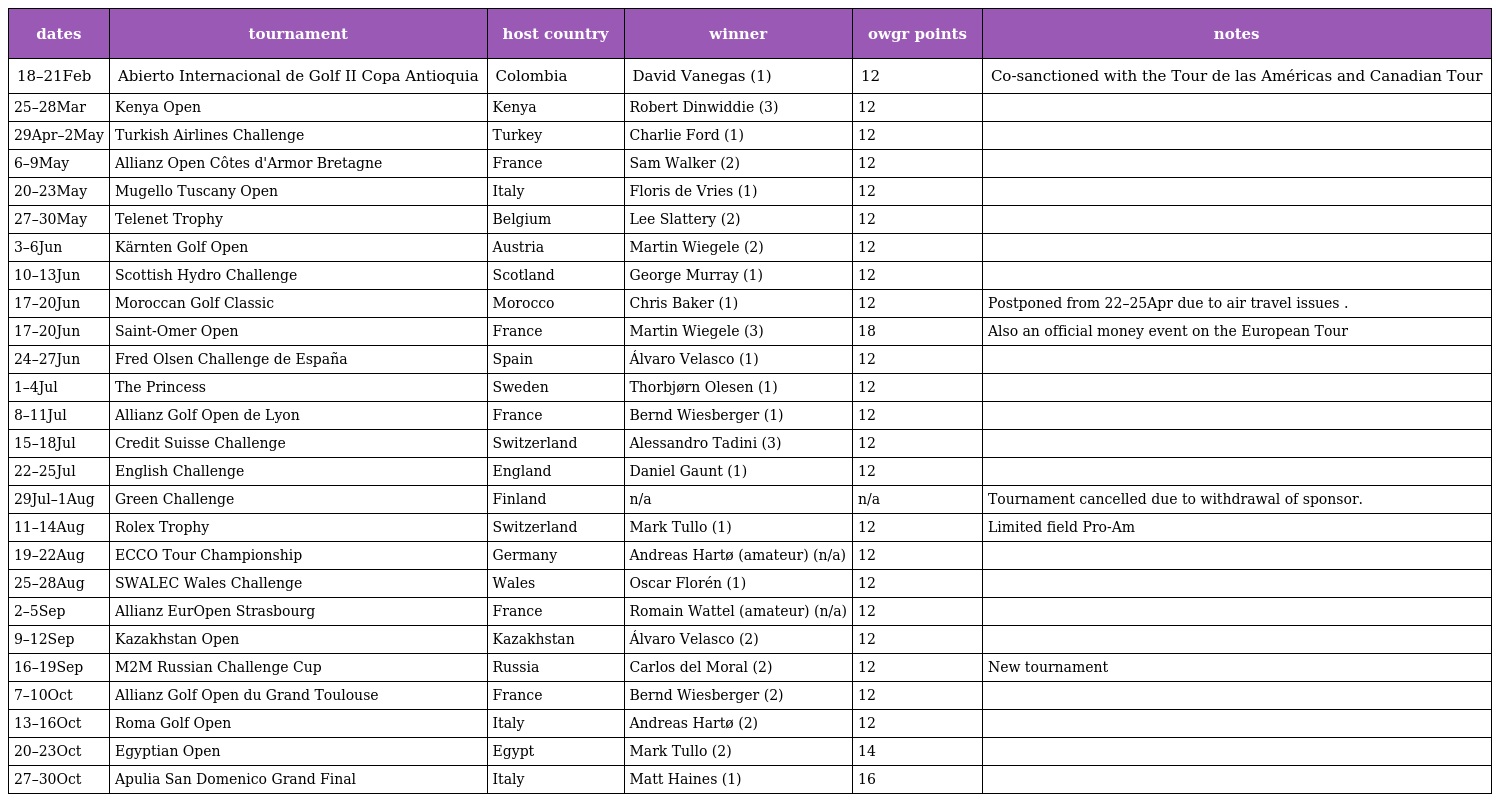
| dates | tournament | host country | winner | owgr points | notes |
 | --- | --- | --- | --- | --- | --- |
 | 18–21Feb | Abierto Internacional de Golf II Copa Antioquia | Colombia | David Vanegas (1) | 12 | Co-sanctioned with the Tour de las Américas and Canadian Tour |
 | 25–28Mar | Kenya Open | Kenya | Robert Dinwiddie (3) | 12 |  |
 | 29Apr–2May | Turkish Airlines Challenge | Turkey | Charlie Ford (1) | 12 |  |
 | 6–9May | Allianz Open Côtes d'Armor Bretagne | France | Sam Walker (2) | 12 |  |
 | 20–23May | Mugello Tuscany Open | Italy | Floris de Vries (1) | 12 |  |
 | 27–30May | Telenet Trophy | Belgium | Lee Slattery (2) | 12 |  |
 | 3–6Jun | Kärnten Golf Open | Austria | Martin Wiegele (2) | 12 |  |
 | 10–13Jun | Scottish Hydro Challenge | Scotland | George Murray (1) | 12 |  |
 | 17–20Jun | Moroccan Golf Classic | Morocco | Chris Baker (1) | 12 | Postponed from 22–25Apr due to air travel issues . |
 | 17–20Jun | Saint-Omer Open | France | Martin Wiegele (3) | 18 | Also an official money event on the European Tour |
 | 24–27Jun | Fred Olsen Challenge de España | Spain | Álvaro Velasco (1) | 12 |  |
 | 1–4Jul | The Princess | Sweden | Thorbjørn Olesen (1) | 12 |  |
 | 8–11Jul | Allianz Golf Open de Lyon | France | Bernd Wiesberger (1) | 12 |  |
 | 15–18Jul | Credit Suisse Challenge | Switzerland | Alessandro Tadini (3) | 12 |  |
 | 22–25Jul | English Challenge | England | Daniel Gaunt (1) | 12 |  |
 | 29Jul–1Aug | Green Challenge | Finland | n/a | n/a | Tournament cancelled due to withdrawal of sponsor. |
 | 11–14Aug | Rolex Trophy | Switzerland | Mark Tullo (1) | 12 | Limited field Pro-Am |
 | 19–22Aug | ECCO Tour Championship | Germany | Andreas Hartø (amateur) (n/a) | 12 |  |
 | 25–28Aug | SWALEC Wales Challenge | Wales | Oscar Florén (1) | 12 |  |
 | 2–5Sep | Allianz EurOpen Strasbourg | France | Romain Wattel (amateur) (n/a) | 12 |  |
 | 9–12Sep | Kazakhstan Open | Kazakhstan | Álvaro Velasco (2) | 12 |  |
 | 16–19Sep | M2M Russian Challenge Cup | Russia | Carlos del Moral (2) | 12 | New tournament |
 | 7–10Oct | Allianz Golf Open du Grand Toulouse | France | Bernd Wiesberger (2) | 12 |  |
 | 13–16Oct | Roma Golf Open | Italy | Andreas Hartø (2) | 12 |  |
 | 20–23Oct | Egyptian Open | Egypt | Mark Tullo (2) | 14 |  |
 | 27–30Oct | Apulia San Domenico Grand Final | Italy | Matt Haines (1) | 16 |  |